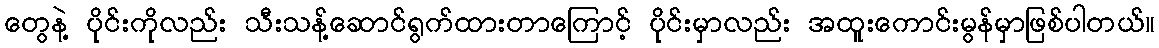
တွေနဲ့ ပိုင်းကိုလည်း သီးသန့်ဆောင်ရွက်ထားတာကြောင့် ပိုင်းမှာလည်း အထူးကောင်းမွန်မှာဖြစ်ပါတယ်။